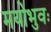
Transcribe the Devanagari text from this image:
मयोभुवः